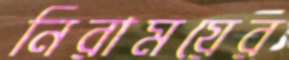
নিরাময়ের